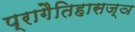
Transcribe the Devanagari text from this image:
प्रागैतिहासज्ञ